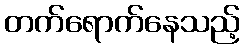
တက်ရောက်နေသည့်